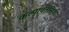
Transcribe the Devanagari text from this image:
कल्पावतंसिका